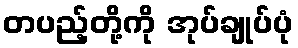
တပည့်တို့ကို အုပ်ချုပ်ပုံ